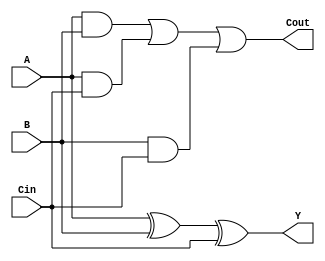
// This program was cloned from: https://github.com/tharunchitipolu/Dadda-Multiplier-using-CSA
// License: Mozilla Public License 2.0

//carry save adder -- for implementing dadda multiplier
//csa for use of half adder and full adder.

module csa_dadda(A,B,Cin,Y,Cout);
input A,B,Cin;
output Y,Cout;
    
assign Y = A^B^Cin;
assign Cout = (A&B)|(A&Cin)|(B&Cin);
    
endmodule